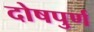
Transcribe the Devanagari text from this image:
दोषपुर्ण